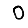
Digit: 0